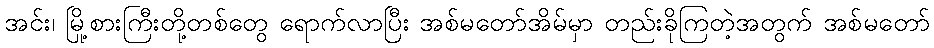
အင်း၊ မြို့စားကြီးတို့တစ်တွေ ရောက်လာပြီး အစ်မတော်အိမ်မှာ တည်းခိုကြတဲ့အတွက် အစ်မတော်